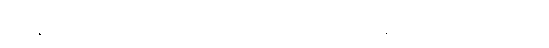
သူ နှစ်ပေါင်းများစွာ စုဆောင်းလာခဲ့သော ငွေမှာ သိန်း ၃၀၀ ကျော် ရှိခဲ့ပြီ။